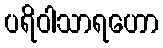
ပရိဝါသာရဟော